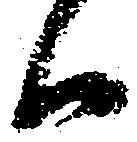
候